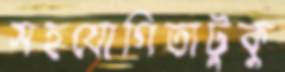
সহযোগিতাটুকু